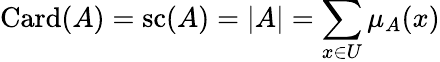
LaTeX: \operatorname{Card}(A)=\operatorname{sc}(A)=|A|=\sum_{x\in{U}}\mu_{A}(x)